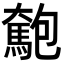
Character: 𩤄